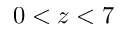
0 < z < 7